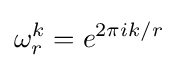
\omega _{r}^{k}=e^{2\pi ik/r}